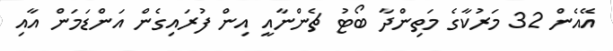
އޭއެން 32 މަރުކާގެ މަތިންދާ ބޯޓު ޗެންނާއީ އިން ފުރައިގެން އަންޑަމަން އާއި